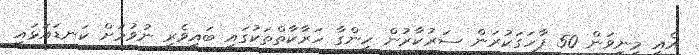
އެއީ މިނިވަން 50 ފާހަގަކުރަން ސަރުކާރުން ހިންގާ ހަރާކާތްތަކުގައި ބައިވެރި ނުވުމަށް ކަނޑައަޅައި